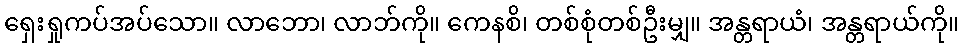
ရှေးရှုကပ်အပ်သော။ လာဘော၊ လာဘ်ကို။ ကေနစိ၊ တစ်စုံတစ်ဦးမျှ။ အန္တရာယံ၊ အန္တရာယ်ကို။